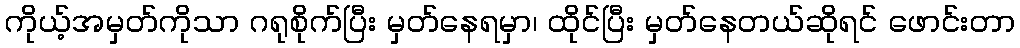
ကိုယ့်အမှတ်ကိုသာ ဂရုစိုက်ပြီး မှတ်နေရမှာ၊ ထိုင်ပြီး မှတ်နေတယ်ဆိုရင် ဖောင်းတာ